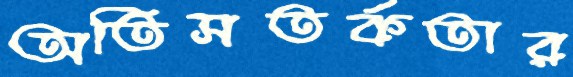
অতিসতর্কতার